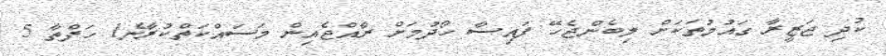
ކުދި ޖަޒީރާ ގައުމުތަކަށް ލިބެންޖެހޭ ފައިސާ ހޯދުމަށް ރާއްޖެއިން މަސައްކަތްކުރާނެ1 ހަފްތާ 5